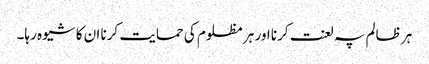
ہر ظالم پہ لعنت کرنا اور ہر مظلوم کی حمایت کرنا ان کا شیوہ رہا۔